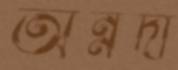
অন্নদা